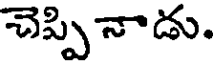
చెప్పి నాడు.